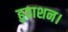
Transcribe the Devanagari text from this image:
हुताशन।